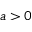
a > 0